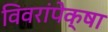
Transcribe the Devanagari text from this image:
विवरांपेक्षा